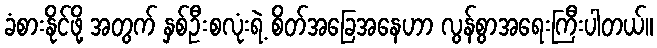
ခံစားနိုင်ဖို့ အတွက် နှစ်ဦးစလုံးရဲ့ စိတ်အခြေအနေဟာ လွန်စွာအရေးကြီးပါတယ်။